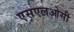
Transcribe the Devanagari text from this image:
एसएलओसी